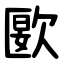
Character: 㰽